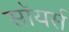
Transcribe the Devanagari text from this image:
सॉयर्स